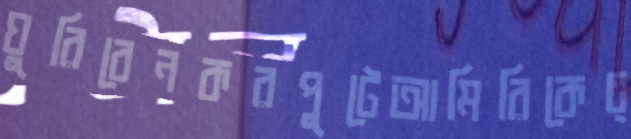
ঘুরিবেনকরপুটেআমিরিকেচ্